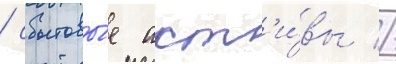
/ сбытовы́е акт'и́вы //